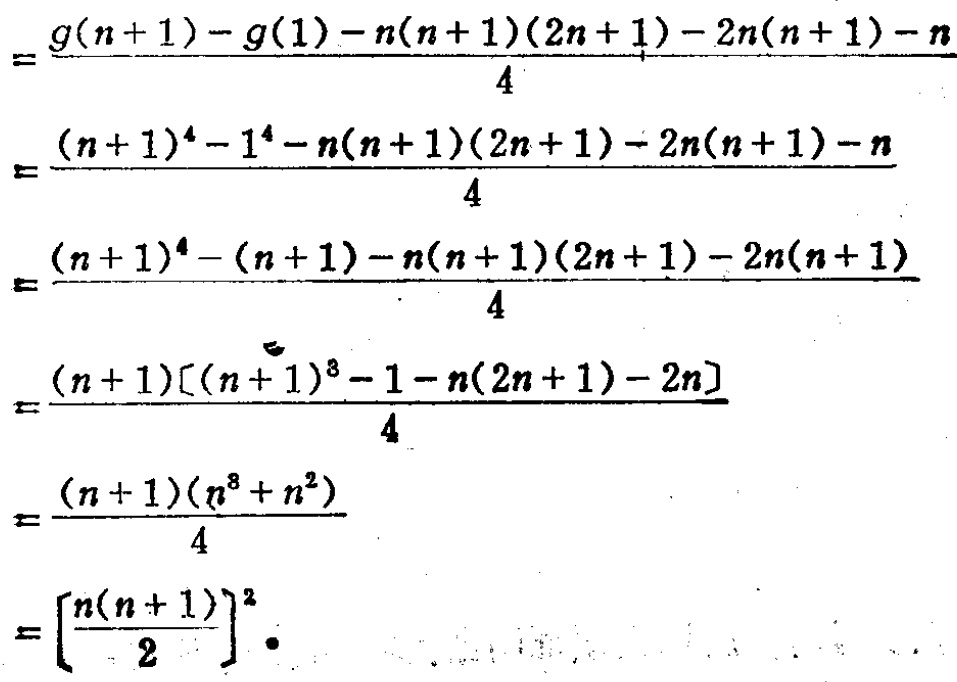
\[
\begin{align*}
&=\frac{g(n + 1)-g(1)-n(n + 1)(2n + 1)-2n(n + 1)-n}{4}\\
&=\frac{(n + 1)^{4}-1^{4}-n(n + 1)(2n + 1)-2n(n + 1)-n}{4}\\
&=\frac{(n + 1)^{4}-(n + 1)-n(n + 1)(2n + 1)-2n(n + 1)}{4}\\
&=\frac{(n + 1)[(n + 1)^{3}-1-n(2n + 1)-2n]}{4}\\
&=\frac{(n + 1)(n^{3}+n^{2})}{4}\\
&=\left[\frac{n(n + 1)}{2}\right]^{2}
\end{align*}
\]